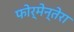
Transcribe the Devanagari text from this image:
फोर्मेन्तेरा